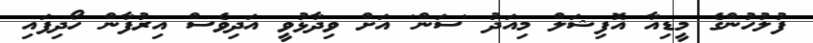
ފުލުހުންގެ މީޑިއާ އޮފިޝަލް މިއަދު 'ސަން' އަށް ވިދާޅުވީ އަދިވެސް އިރުފާން ހޯދިފައި